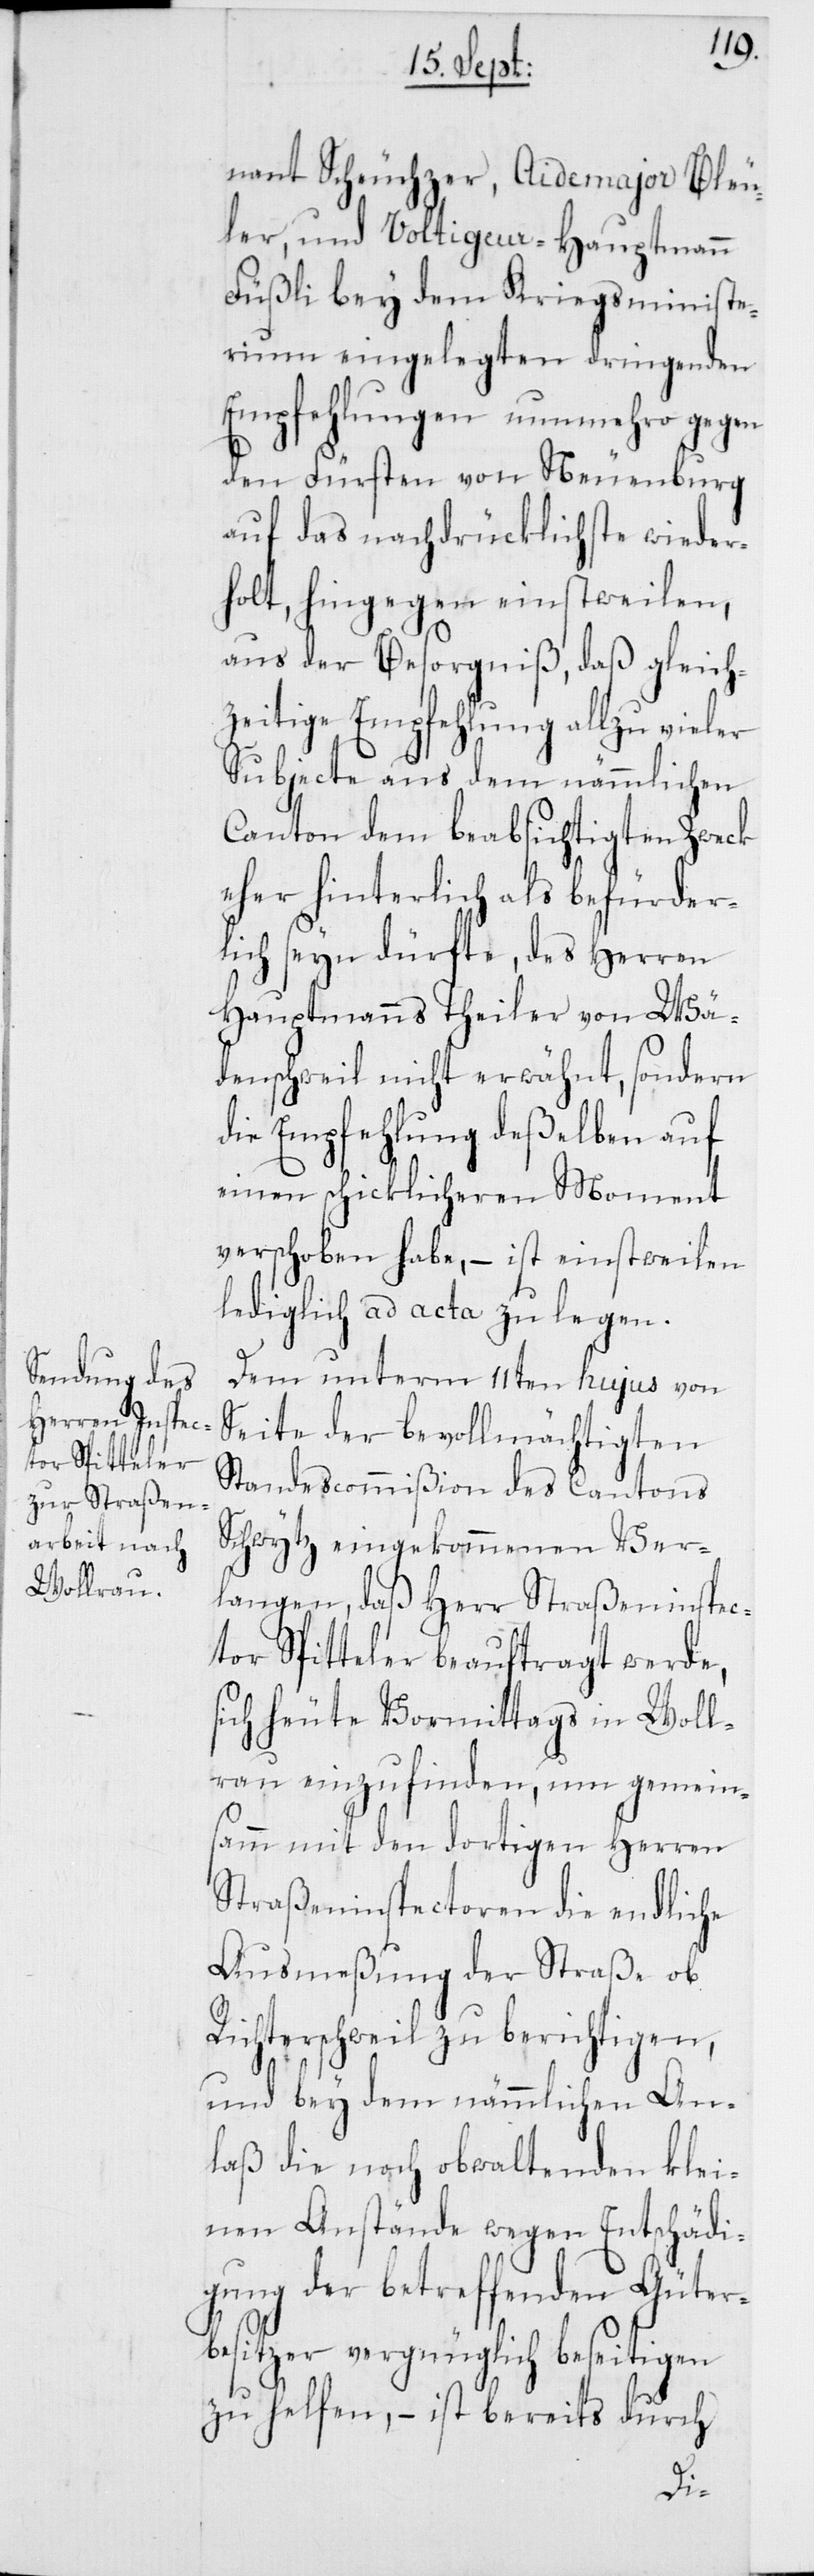
nant Scheuchzer, Aidemajor Bleu¬
ler, und Voltigeur-Hauptmann
Füßli bey dem Kriegsministe¬
rium eingelegten dringenden
Empfehlungen nunmehro gegen
den Fürsten von Neuenburg
auf das nachdrücklichste wieder¬
holt, hingegen einstweilen,
aus der Besorgniß, daß gleich¬
zeitige Empfehlung allzu vieler
Subjecte aus dem nämmlichen
Canton dem beabsichtigten Zweck
eher hinterlich als befürder¬
lich seyn dürfte, des Herren
Hauptmanns Theiler von Wä¬
denschweil nicht erwähnt, sondern
die Empfehlung deßelben auf
einen schicklicheren Moment
verschoben habe, – ist einstweilen
lediglich ad acta zu legen.
Dem unterm 11ten hujus von
Seite der bevollmächtigten
Standescommißion des Cantons
Schwytz eingekommenen Ver¬
langen, daß Herr Straßeninspec¬
tor Spitteler beauftragt werde,
sich heute Vormittags in Woll¬
erau einzufinden, um gemein¬
samm mit den dortigen Herren
Straßeninspectoren die endliche
Ausmeßung der Straße ob
Richterschweil zu berichtigen,
und bey dem nämmlichen An¬
laß die noch obwaltenden klei¬
nen Anstände wegen Entschädi¬
gung der betreffenden Güter¬
besitzer vergnüglich beseitigen
zu helfen, – ist bereits durch